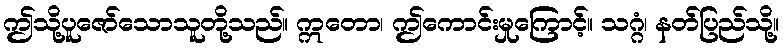
ဤသို့ပူဇော်သောသူတို့သည်။ ဣတော၊ ဤကောင်းမှုကြောင့်။ သဂ္ဂံ၊ နတ်ပြည်သို့။